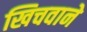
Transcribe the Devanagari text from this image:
खिचवाने